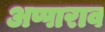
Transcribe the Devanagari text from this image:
अप्पाराव